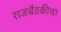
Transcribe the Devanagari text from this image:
राजबैठकीचा